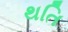
થતિ